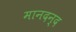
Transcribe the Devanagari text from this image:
मानदन्द